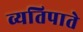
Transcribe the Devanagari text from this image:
व्यतिपाते